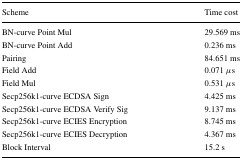
<table><thead><tr><td><b>Scheme</b></td><td><b>Time cost</b></td></tr></thead><tbody><tr><td>BN-curve Point Mul</td><td>29.569 ms</td></tr><tr><td>BN-curve Point Add</td><td>0.236 ms</td></tr><tr><td>Pairing</td><td>84.651 ms</td></tr><tr><td>Field Add</td><td>0.071 <i>μ</i> s</td></tr><tr><td>Field Mul</td><td>0.531 <i>μ</i> s</td></tr><tr><td>Secp256k1-curve ECDSA Sign</td><td>4.425 ms</td></tr><tr><td>Secp256k1-curve ECDSA Verify Sig</td><td>9.137 ms</td></tr><tr><td>Secp256k1-curve ECIES Encryption</td><td>8.745 ms</td></tr><tr><td>Secp256k1-curve ECIES Decryption</td><td>4.367 ms</td></tr><tr><td>Block Interval</td><td>15.2 s</td></tr></tbody></table>